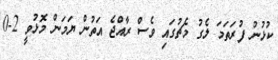
ކުޅުނު ފުރަތަމަ ލެގު މެޗުގައި ވެސް ރާއްޖެ އަތުން ޔަމަން މޮޅުވީ 2-0